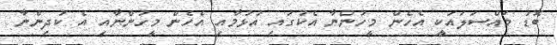
ބޮޑު މައްސަލައަކީ އެހެން މީހުންނާ އެކުގައި އުޅުމާއި އެހެން މީހުންނާއި އެ ކުދިންނާ